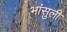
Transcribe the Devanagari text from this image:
भांसुली